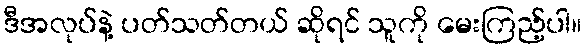
ဒီအလုပ်နဲ့ ပတ်သတ်တယ် ဆိုရင် သူကို မေးကြည့်ပါ။